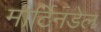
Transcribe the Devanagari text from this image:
मार्टिनडेल